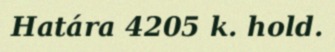
Határa 4205 k. hold.